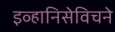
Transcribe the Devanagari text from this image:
इव्हानिसेविचने